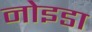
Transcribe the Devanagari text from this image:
नोइडा